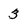
Character: 3